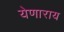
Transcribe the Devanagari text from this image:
येणाराय